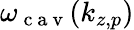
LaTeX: \omega_{\mathrm{~c~a~v~}}(k_{z,p})